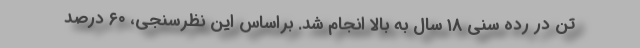
تن در رده سنی ۱۸ سال به بالا انجام شد. براساس این نظرسنجی، ۶۰ درصد